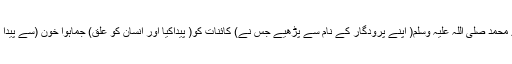
)}اے محمد صلی اللہ علیہ وسلم( اپنے پرودگار کے نام سے پڑھیے جس نے) کائنات کو( پیداکیا اور انسان کو علق) جماہوا خون (سے پیدا کیا{ ۔